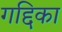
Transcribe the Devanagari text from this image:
गद्दिका